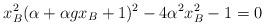
LaTeX: \begin{align*}x_B^2 (\alpha +\alpha gx_B +1)^2 -4\alpha^{2} x_B^2 -1 =0\end{align*}